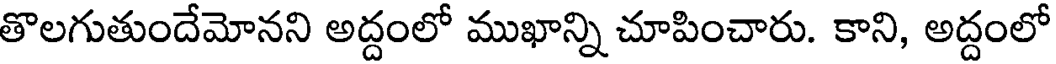
తొలగుతుందేమోనని అద్దంలో ముఖాన్ని చూపించారు. కాని, అద్దంలో